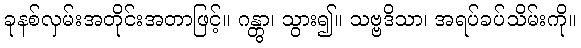
ခုနစ်လှမ်းအတိုင်းအတာဖြင့်။ ဂန္တွာ၊ သွား၍။ သဗ္ဗဒိသာ၊ အရပ်ခပ်သိမ်းကို။